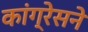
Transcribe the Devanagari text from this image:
कांग्रेसने